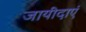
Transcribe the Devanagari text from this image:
जायीदाएं